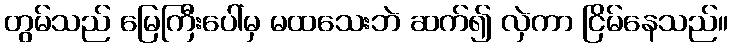
တွမ်သည် မြေကြီးပေါ်မှ မထသေးဘဲ ဆက်၍ လှဲကာ ငြိမ်နေသည်။